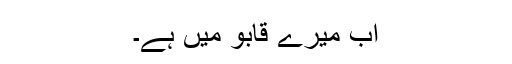
اب میرے قابو میں ہے۔